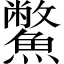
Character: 鱉